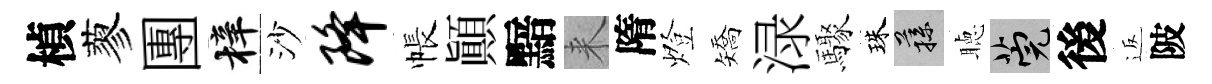
楨蓼團梓沙降帳顚黯来隋燈矯渌驟珠蓀聴筦後返陂